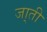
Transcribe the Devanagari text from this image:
जा्ती